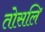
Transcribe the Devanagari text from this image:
तोसलि